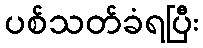
ပစ်သတ်ခံရပြီး